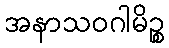
အနာသဝဂါမိဉ္စ